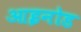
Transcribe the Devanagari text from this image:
आइनोड